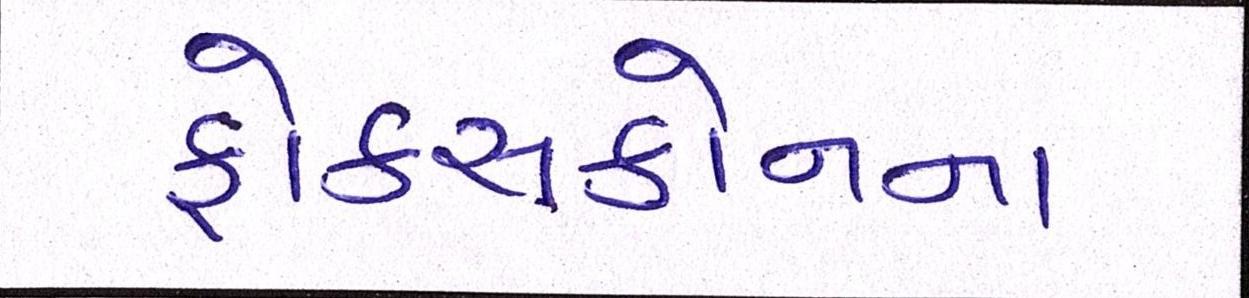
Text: ફોક્સકોનના